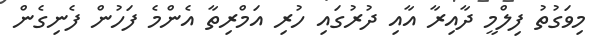
މިވަގުތު ފިލްމީ ދާއިރާ އާއި ދުރުގައި ހުރި އަމްރިތާ އެންމެ ފަހުން ފެނިގެން